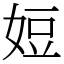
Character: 㛒